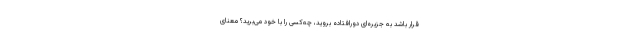
قرار باشد به جزیره‌ای دورافتاده بروید، چه‌کسی را با خود می‌برید؟ معنای